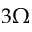
3 \Omega